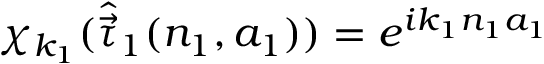
\chi _ { k _ { 1 } } ( { \hat { \vec { \tau } } } _ { 1 } ( n _ { 1 } , a _ { 1 } ) ) = e ^ { i k _ { 1 } n _ { 1 } a _ { 1 } }